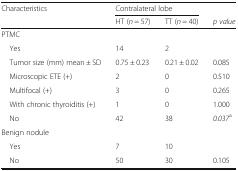
<table><thead><tr><td><b>Characteristics</b></td><td colspan="2"><b>Contralateral lobe</b></td><td></td></tr><tr><td></td><td><b>HT (<i>n</i> = 57)</b></td><td><b>TT (<i>n</i> = 40)</b></td><td><b><i>p value</i></b></td></tr></thead><tbody><tr><td colspan="4">PTMC</td></tr><tr><td> Yes</td><td>14</td><td>2</td><td></td></tr><tr><td> Tumor size (mm) mean ± SD</td><td>0.75 ± 0.23</td><td>0.21 ± 0.02</td><td>0.085</td></tr><tr><td> Microscopic ETE (+)</td><td>2</td><td>0</td><td>0.510</td></tr><tr><td> Multifocal (+)</td><td>3</td><td>0</td><td>0.265</td></tr><tr><td> With chronic thyroiditis (+)</td><td>1</td><td>0</td><td>1.000</td></tr><tr><td> No</td><td>42</td><td>38</td><td><i>0.037</i><sup>a</sup></td></tr><tr><td colspan="4">Benign nodule</td></tr><tr><td> Yes</td><td>7</td><td>10</td><td></td></tr><tr><td> No</td><td>50</td><td>30</td><td>0.105</td></tr></tbody></table>